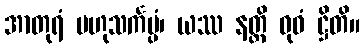
အာတုရံ ဗဟုသင်္ကပ္ပံ၊ ယဿ နတ္ထိ ဓုဝံ ဋ္ဌိတိ။